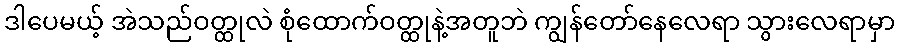
ဒါပေမယ့် အဲသည်ဝတ္ထုလဲ စုံထောက်ဝတ္ထုနဲ့အတူဘဲ ကျွန်တော်နေလေရာ သွားလေရာမှာ